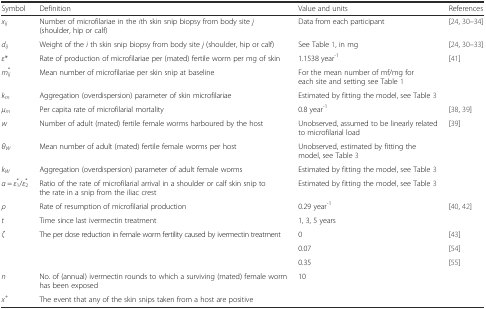
<table><thead><tr><td><b>Symbol</b></td><td><b>Definition</b></td><td><b>Value and units</b></td><td><b>References</b></td></tr></thead><tbody><tr><td><i>x</i><sub><i>ij</i></sub></td><td>Number of microfilariae in the <i>i</i>th skin snip biopsy from body site <i>j</i> (shoulder, hip or calf)</td><td>Data from each participant</td><td>[24, 30–34]</td></tr><tr><td><i>d</i><sub><i>ij</i></sub></td><td>Weight of the <i>i</i> th skin snip biopsy from body site <i>j</i> (shoulder, hip or calf)</td><td>See Table 1, in mg</td><td>[24, 30–33]</td></tr><tr><td><i>ε</i>*</td><td>Rate of production of microfilariae per (mated) fertile worm per mg of skin</td><td>1.1538 year<sup>-1</sup></td><td>[41]</td></tr><tr><td><i>m</i><sub><i>ij</i></sub><sup>*</sup></td><td>Mean number of microfilariae per skin snip at baseline</td><td>For the mean number of mf/mg for each site and setting see Table 1</td><td></td></tr><tr><td><i>k</i><sub><i>m</i></sub></td><td>Aggregation (overdispersion) parameter of skin microfilariae</td><td>Estimated by fitting the model, see Table 3</td><td></td></tr><tr><td><i>μ</i><sub><i>m</i></sub></td><td>Per capita rate of microfilarial mortality</td><td>0.8 year<sup>-1</sup></td><td>[38, 39]</td></tr><tr><td><i>w</i></td><td>Number of adult (mated) fertile female worms harboured by the host</td><td>Unobserved, assumed to be linearly related to microfilarial load</td><td>[39]</td></tr><tr><td><i>θ</i><sub><i>W</i></sub></td><td>Mean number of adult (mated) fertile female worms per host</td><td>Unobserved, estimated by fitting the model, see Table 3</td><td></td></tr><tr><td><i>k</i><sub><i>W</i></sub></td><td>Aggregation (overdispersion) parameter of adult female worms</td><td>Estimated by fitting the model, see Table 3</td><td></td></tr><tr><td><i>α</i> = <i>ε</i><sub>1</sub><sup>*</sup>/<i>ε</i><sub>2</sub><sup>*</sup></td><td>Ratio of the rate of microfilarial arrival in a shoulder or calf skin snip to the rate in a snip from the iliac crest</td><td>Estimated by fitting the model, see Table 3</td><td></td></tr><tr><td><i>ρ</i></td><td>Rate of resumption of microfilarial production</td><td>0.29 year<sup>-1</sup></td><td>[40, 42]</td></tr><tr><td><i>t</i></td><td>Time since last ivermectin treatment</td><td>1, 3, 5 years</td><td></td></tr><tr><td rowspan="3"><i>ζ</i></td><td rowspan="3">The per dose reduction in female worm fertility caused by ivermectin treatment</td><td>0</td><td>[43]</td></tr><tr><td>0.07</td><td>[54]</td></tr><tr><td>0.35</td><td>[55]</td></tr><tr><td><i>n</i></td><td>No. of (annual) ivermectin rounds to which a surviving (mated) female worm has been exposed</td><td>10</td><td></td></tr><tr><td><i>x</i><sup>+</sup></td><td>The event that any of the skin snips taken from a host are positive</td><td></td><td></td></tr></tbody></table>